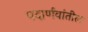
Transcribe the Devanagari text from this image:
पदार्णवांतील